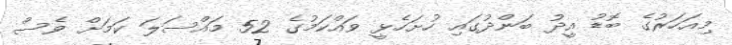
މިއަހަރުގެ ބޮޑު އީދު ބަންދުގައި ހުށަހެޅީ ވައްކަމުގެ 52 މައްސަލަ ކަމަށް ވެސް